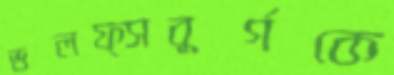
ভলফ্সবুর্গকে